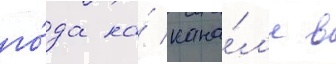
го́да на́ кана́л'е в